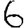
Digit: 6